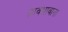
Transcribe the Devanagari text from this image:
हावभावाना